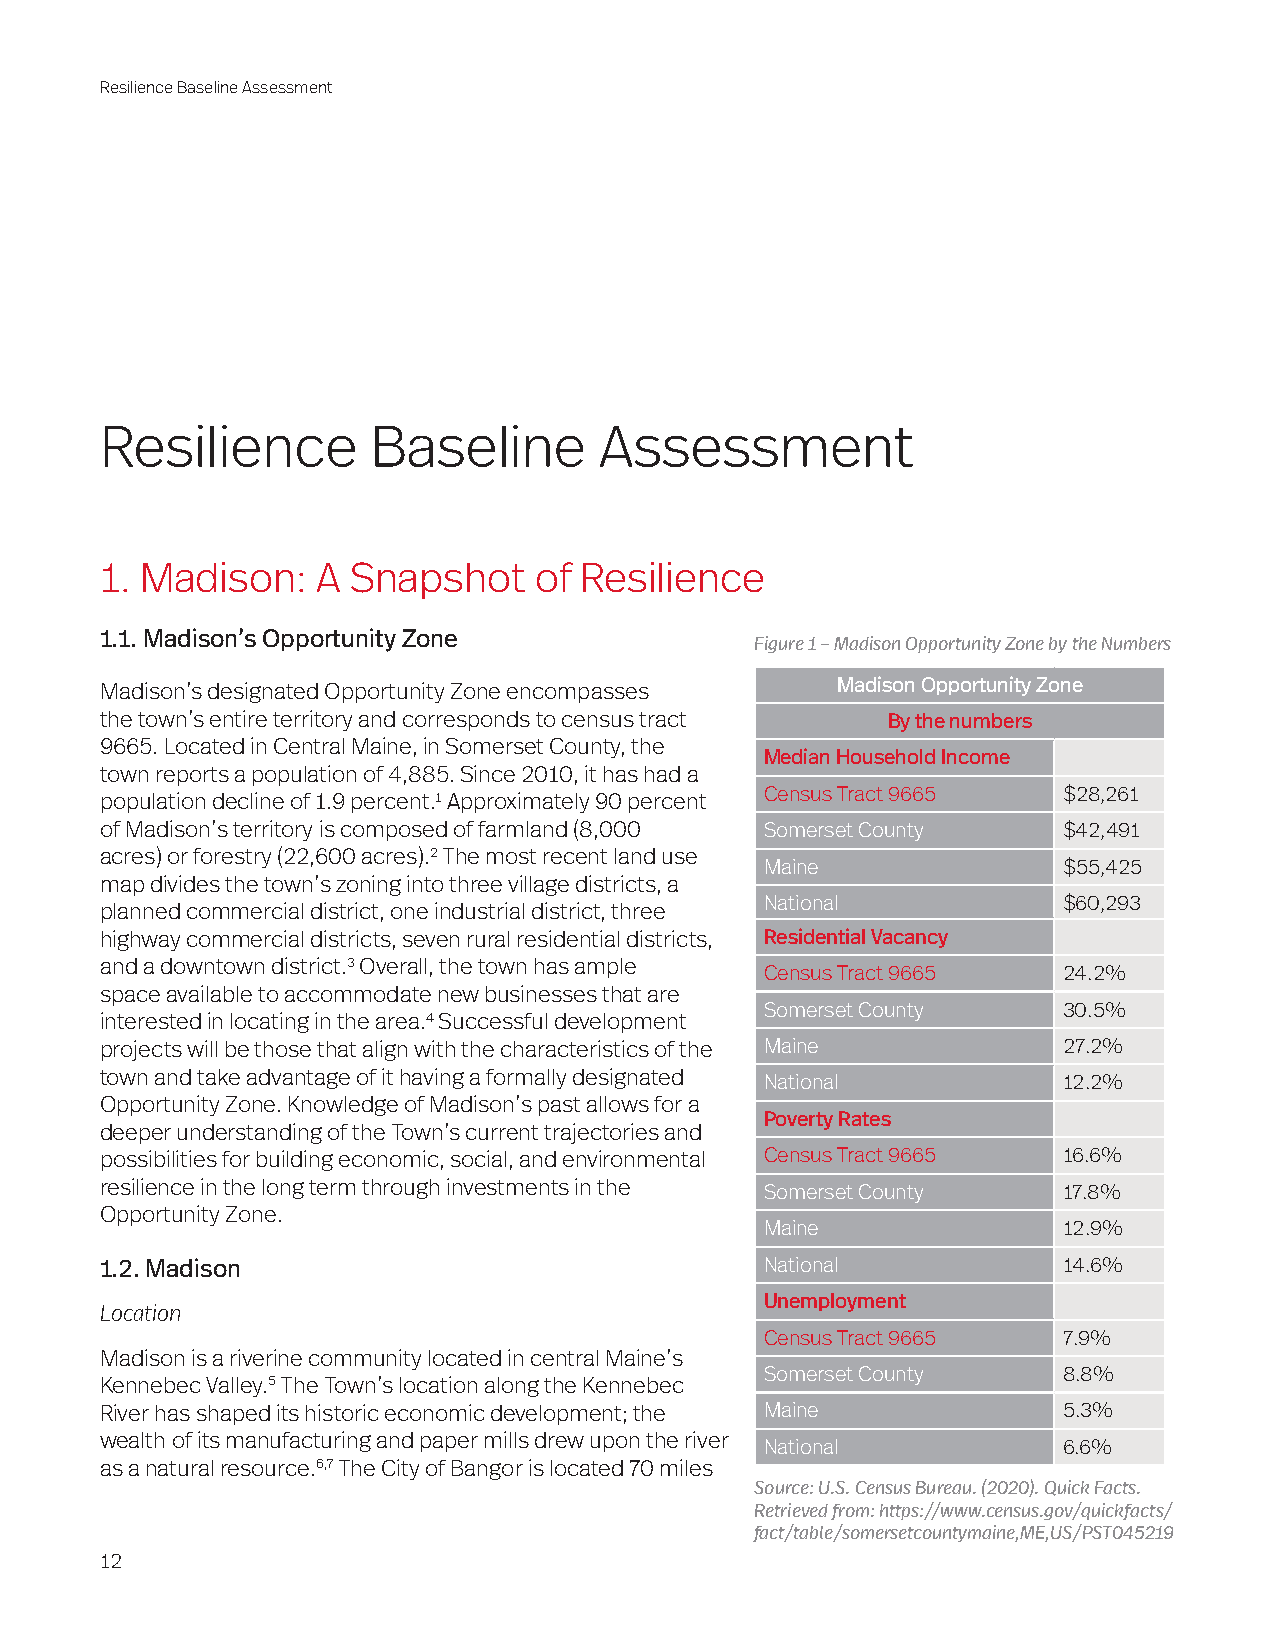
Resilience Baseline Assessment
 Resilience        Baseline       Assessment
 1. Madison:   A Snapshot    of Resilience
 1.1. Madison’s Opportunity Zone
 Figure 1 – Madison Opportunity Zone by the Numbers
 Madison’s designated Opportunity Zone encompasses Madison Opportunity Zone
 the town’s entire territory and corresponds to census tract By the numbers
 9665. Located in Central Maine, in Somerset County, the
 Median Household Income
 town reports a population of 4,885. Since 2010, it has had a
 Census Tract 9665  $28,261
 population decline of 1.9 percent.1 Approximately 90 percent
 of Madison’s territory is composed of farmland (8,000 Somerset County $42,491
 acres) or forestry (22,600 acres).2 The most recent land use
 Maine              $55,425
 map divides the town’s zoning into three village districts, a
 National           $60,293
 planned commercial district, one industrial district, three
 highway commercial districts, seven rural residential districts, Residential Vacancy
 and a downtown district.3 Overall, the town has ample
 Census Tract 9665  24.2%
 space available to accommodate new businesses that are
 Somerset County    30.5%
 interested in locating in the area.4 Successful development
 projects will be those that align with the characteristics of the Maine 27.2%
 town and take advantage of it having a formally designated
 National           12.2%
 Opportunity Zone. Knowledge of Madison’s past allows for a
 Poverty Rates
 deeper understanding of the Town’s current trajectories and
 possibilities for building economic, social, and environmental Census Tract 9665 16.6%
 resilience in the long term through investments in the Somerset County 17.8%
 Opportunity Zone.
 Maine              12.9%
 1.2. Madison                                National           14.6%
 Unemployment
 Location
 Census Tract 9665  7.9%
 Madison is a riverine community located in central Maine’s
 Somerset County    8.8%
 Kennebec Valley.5 The Town’s location along the Kennebec
 River has shaped its historic economic development; the Maine  5.3%
 wealth of its manufacturing and paper mills drew upon the river
 National           6.6%
 as a natural resource.6,7 The City of Bangor is located 70 miles
 Source: U.S. Census Bureau. (2020). Quick Facts.
 Retrieved from: https://www.census.gov/quickfacts/
 fact/table/somersetcountymaine,ME,US/PST045219
 12